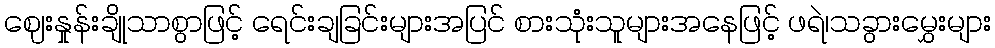
ဈေးနှုန်းချိုသာစွာဖြင့် ရေင်းချခြင်းများအပြင် စားသုံးသူများအနေဖြင့် ဖရဲ၊သခွားမွှေးများ